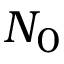
N _ { 0 }